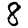
Digit: 8